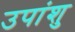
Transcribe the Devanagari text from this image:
उपांशु